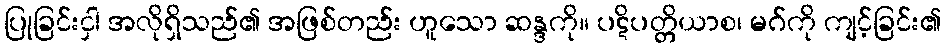
ပြုခြင်းငှါ အလိုရှိသည်၏ အဖြစ်တည်း ဟူသော ဆန္ဒကို။ ပဋိပတ္တိယာစ၊ မဂ်ကို ကျင့်ခြင်း၏